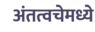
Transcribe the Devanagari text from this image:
अंतत्वचेमध्ये